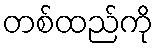
တစ်ထည်ကို